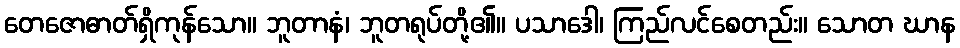
တေဇောဓာတ်ရှိကုန်သော။ ဘူတာနံ၊ ဘူတရုပ်တို့၏။ ပသာဒေါ၊ ကြည်လင်စေတည်း။ သောတ ဃာန